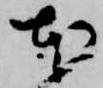
本